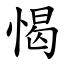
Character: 愒